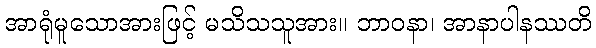
အာရုံမူသောအားဖြင့် မသိသသူအား။ ဘာဝနာ၊ အာနာပါနဿတိ